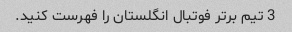
3 تیم برتر فوتبال انگلستان را فهرست کنید.